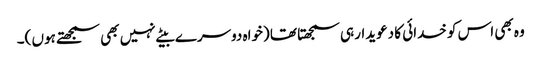
وہ بھی اس کو خدائی کا دعویدار ہی سمجھتا تھا (خواہ دوسرے بیٹے نہیں بھی سمجھتے ہوں )۔